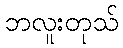
ဘလူးတုသ်